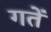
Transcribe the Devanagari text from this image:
गतें